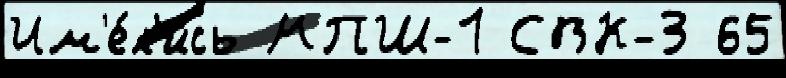
Им'е́л'ись МПШ-1 СВК-3 65